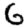
Digit: 6